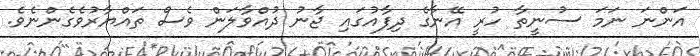
އަންނަ ނަމަ ސުނީތާ ހުރީ އޭނާގެ ދިފާއުގައި ޖާނު ދުއްވާލަން ވެސް ތައްޔާރުވެގެންނެވެ.